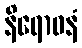
နိရောဓနံ